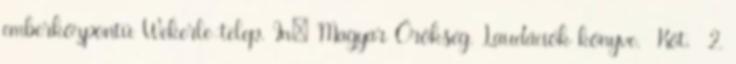
emberközpontú Wekerle-telep. In: Magyar Örökség. Laudációk könyve. Köt. 2.